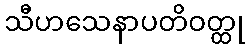
သီဟသေနာပတိဝတ္ထု